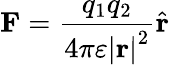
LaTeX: \mathbf{F}={\frac{q_{1}q_{2}}{4\pi\varepsilon\left|\mathbf{r}\right|^{2}}}{\hat{\mathbf{r}}}